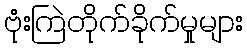
ဗုံးကြဲတိုက်ခိုက်မှုများ